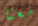
معنا